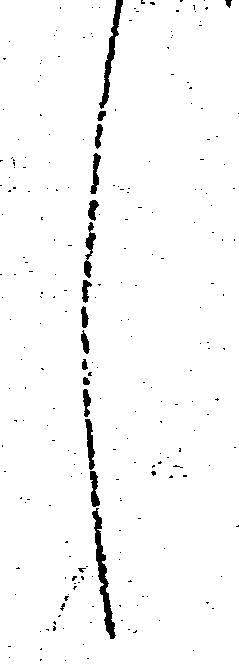
し